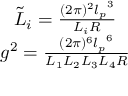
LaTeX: \begin{array} { r c l } { { } } & { { \tilde { L } _ { i } = \frac { ( 2 \pi ) ^ { 2 } { l _ { p } } ^ { 3 } } { L _ { i } R } } } \\ { { } } & { { g ^ { 2 } = \frac { ( 2 \pi ) ^ { 6 } { l _ { p } } ^ { 6 } } { L _ { 1 } L _ { 2 } L _ { 3 } L _ { 4 } R } } } \end{array}